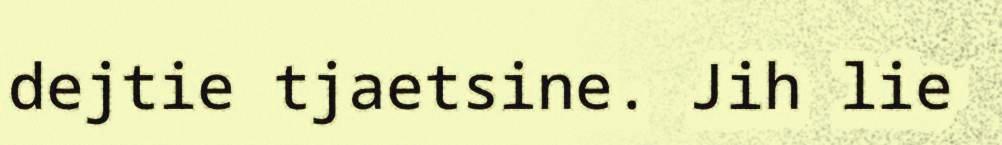
dejtie tjaetsine. Jih lie